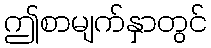
ဤစာမျက်နှာတွင်